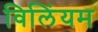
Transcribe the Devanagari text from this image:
विलिंयम